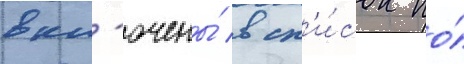
вкл'ючены́ в сп'и́сок по́